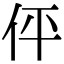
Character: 伻